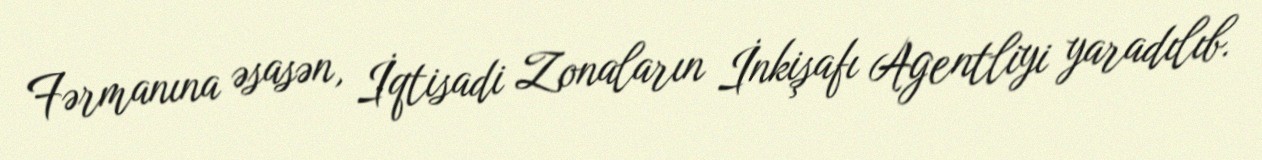
Fərmanına əsasən, İqtisadi Zonaların İnkişafı Agentliyi yaradılıb.